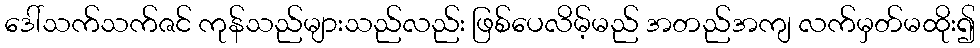
ဒေါ်သက်သက်ဇင် ကုန်သည်များသည်လည်း ဖြစ်ပေလိမ့်မည် အတည်အကျ လက်မှတ်မထိုး၍